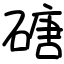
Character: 磄